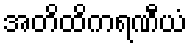
အတိထိကရဏီယံ